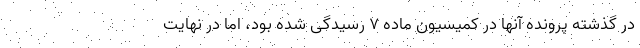
در گذشته پرونده آنها در کمیسیون ماده ۷ رسیدگی شده بود، اما در نهایت